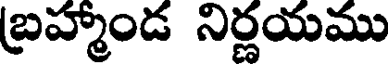
బ్రహ్మాండ నిర్ణయము